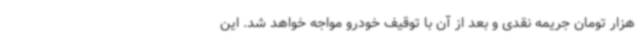
هزار تومان جریمه نقدی و بعد از آن با توقیف خودرو مواجه خواهد شد. این